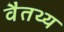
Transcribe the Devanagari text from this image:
वैतथ्य